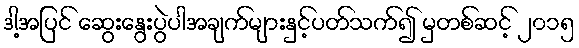
ဒါ့အပြင် ဆွေးနွေးပွဲပါအချက်များနှင့်ပတ်သက်၍ မှတစ်ဆင့် ၂၀၁၅